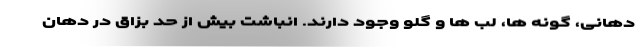
دهانی، گونه ها، لب ها و گلو وجود دارند. انباشت بیش از حد بزاق در دهان